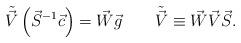
LaTeX: \begin{align*}\tilde{\vec{V}}\left(\vec{S}^{-1}\vec{c}\right)=\vec{W}\vec{g}\quad\quad\tilde{\vec{V}}\equiv\vec{W}\vec{V}\vec{S}.\end{align*}